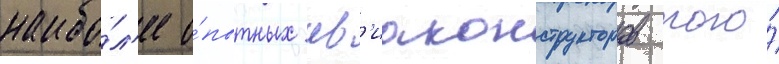
наибо́л'ее о́пытных ав'иаконструкторов того́